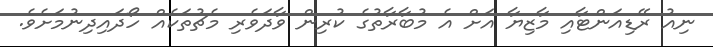
ނިއު ރޭޑިއަންޓާއި މާޒިޔާ އަށް އެ މުބާރާތުގެ ކުރިން ވާދަވެރި މެޗުތަކެއް ހޯދައިދިނުމަށެވެ.